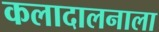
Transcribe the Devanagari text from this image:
कलादालनाला